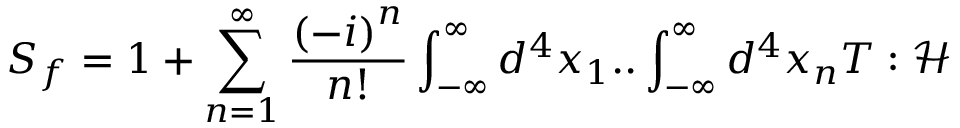
S _ { f } = 1 + \sum _ { n = 1 } ^ { \infty } \frac { \left( - i \right) ^ { n } } { n ! } \int _ { - \infty } ^ { \infty } d ^ { 4 } x _ { 1 } . . \int _ { - \infty } ^ { \infty } d ^ { 4 } x _ { n } T : \mathcal { H }